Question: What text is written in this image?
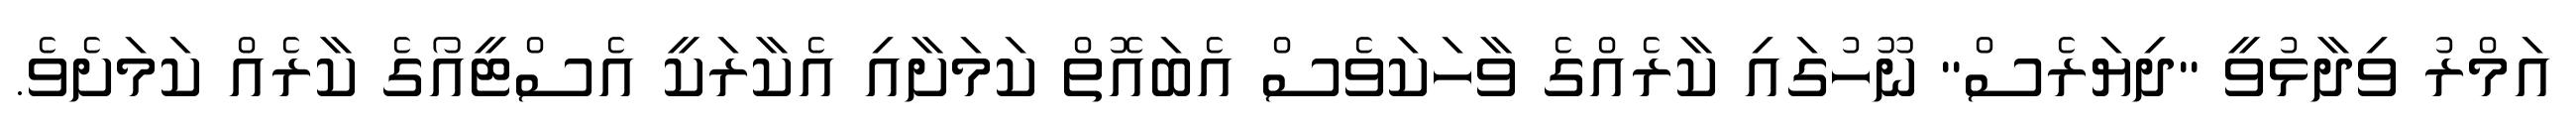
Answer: އަމްރު ވިދާޅުވީ "ދިޔަރެސް" ނޫހުގައި ކާރެއްގެ ވާހަކަވެސް އެބައޮތް ކަމަށާއި އެކާރަކީ އެސްޓީއޯގެ ކާރެއް ކަމަށެވެ.